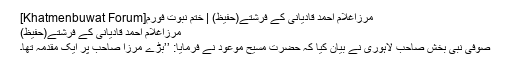
مرزاغلام احمد قادیانی کے فرشتے(حفیظ) | ختم نبوت فورم[Khatmenbuwat Forum]
مرزاغلام احمد قادیانی کے فرشتے(حفیظ)
صوفی نبی بخش صاحب لاہوری نے بیان کیا کہ حضرت مسیح موعود نے فرمایا: ’’بڑے مرزا صاحب پر ایک مقدمہ تھا۔